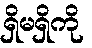
ရှိမရှိကို